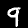
Label: 9